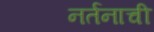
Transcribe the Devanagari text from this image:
नर्तनाची